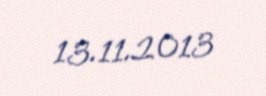
13.11.2013